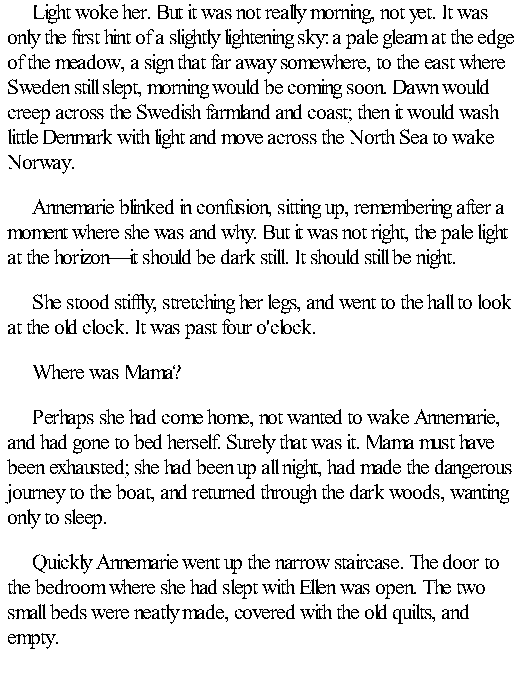
Light woke her. But it was not really morning, not yet. It was
 only the first hint of a slightly lightening sky: a pale gleam at the edge
 of the meadow, a sign that far away somewhere, to the east where
 Sweden still slept, morning would be coming soon. Dawn would
 creep across the Swedish farmland and coast; then it would wash
 little Denmark with light and move across the North Sea to wake
 Norway.
 Annemarie blinked in confusion, sitting up, remembering after a
 moment where she was and why. But it was not right, the pale light
 at the horizon—it should be dark still. It should still be night.
 She stood stiffly, stretching her legs, and went to the hall to look
 at the old clock. It was past four o'clock.
 Where was Mama?
 Perhaps she had come home, not wanted to wake Annemarie,
 and had gone to bed herself. Surely that was it. Mama must have
 been exhausted; she had been up all night, had made the dangerous
 journey to the boat, and returned through the dark woods, wanting
 only to sleep.
 Quickly Annemarie went up the narrow staircase. The door to
 the bedroom where she had slept with Ellen was open. The two
 small beds were neatly made, covered with the old quilts, and
 empty.